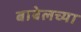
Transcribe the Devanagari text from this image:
बाबेलच्या